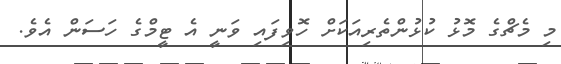
މި މެޗްގެ މޮޅު ކުޅުންތެރިއަކަށް ހޮވިފައި ވަނީ އެ ޓީމްގެ ހަސަން އެވެ.